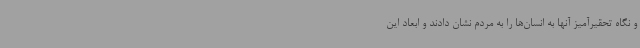
و نگاه تحقیرآمیز آنها به انسان‌ها را به مردم نشان دادند و ابعاد این